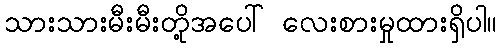
သားသားမီးမီးတို့အပေါ် လေးစားမှုထားရှိပါ။